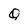
Character: Q